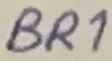
Text: BR1